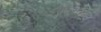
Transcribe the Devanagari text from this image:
हौतात्म